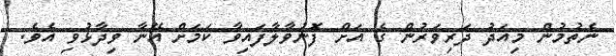
ނެތުމުން މިއަދު ދަރިވަރުން ގެ އަށް ފޮނުވާލާފައިވާ ކަމަށް އޭނާ ވިދާޅުވި އެވެ.